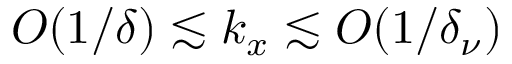
O ( 1 / \delta ) \lesssim k _ { x } \lesssim O ( 1 / \delta _ { \nu } )